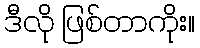
ဒီလို ဖြစ်တာကိုး။